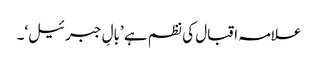
علامہ اقبال کی نظم ہے ’بالِ جبرئیل‘۔